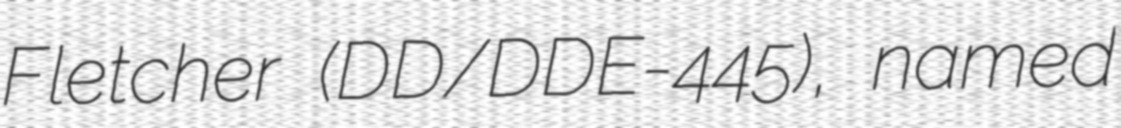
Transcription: Fletcher (DD/DDE-445), named